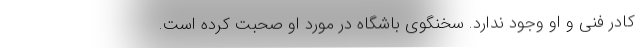
کادر فنی و او وجود ندارد. سخنگوی باشگاه در مورد او صحبت کرده است.